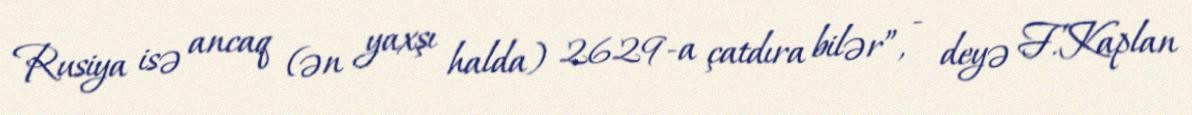
Rusiya isə ancaq (ən yaxşı halda) 2629-a çatdıra bilər”, - deyə F.Kaplan